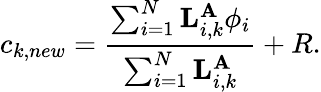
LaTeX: c_{k,new}=\frac{\sum_{i=1}^{N}{\mathbf L}_{i,k}^{{\mathbf A}}\phi_{i}}{\sum_{i=1}^{N}{\mathbf L}_{i,k}^{{\mathbf A}}}+R.